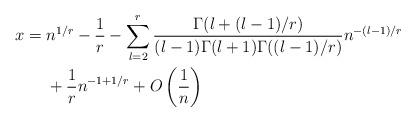
LaTeX: \begin{align*}x&=n^{1/r}-\frac{1}{r} -\sum_{l=2}^{r}\frac{ \Gamma(l+(l-1)/r)}{(l-1)\Gamma(l+1)\Gamma((l-1)/r)}n^{-(l-1)/r}\\&\quad\ + \frac{1}{r}n^{-1+1/r}+O\left(\frac{1}{n}\right)\end{align*}